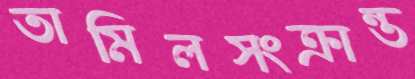
তামিলসংক্রান্ত